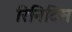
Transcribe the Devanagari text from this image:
रिनिटिस